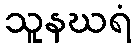
သူနဃရံ